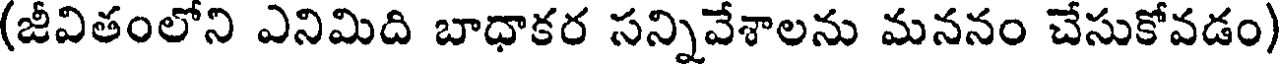
(జీవితంలోని ఎనిమిది బాధాకర సన్నివేశాలను మననం చేసుకోవడం)